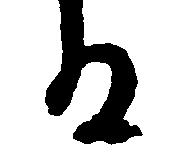
る